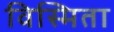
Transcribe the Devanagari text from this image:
विस्मिता